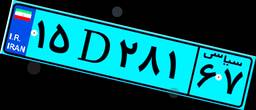
۱۵D۲۸۱۶۷